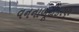
વનનાબૂદીકરણ